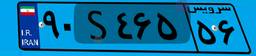
۵۲S۷۵۶۵۹